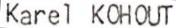
Karel KOHOUT